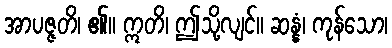
အာပဇ္ဇတိ၊ ၏။ ဣတိ၊ ဤသို့လျင်။ ဆန္နံ၊ ကုန်သော၊